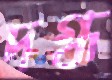
দগ্ধ